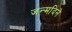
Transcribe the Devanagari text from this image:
जन्मदिने